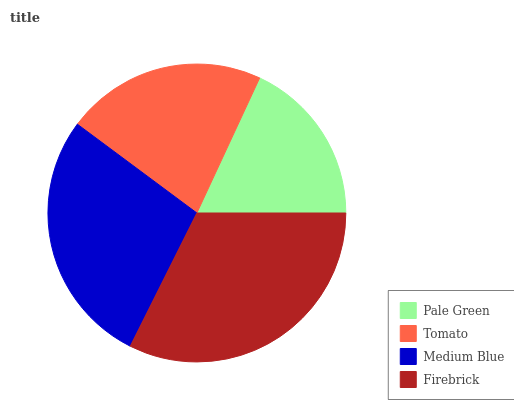
| Pale Green | Tomato | Medium Blue | Firebrick |
 | --- | --- | --- | --- |
 | 18.1% | 21.8% | 27.8% | 32.3% |